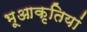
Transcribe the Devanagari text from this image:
भूआकृतियां